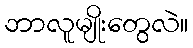
ဘာလူမျိုးတွေလဲ။